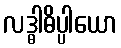
လဒ္ဓါဓိပ္ပါယော